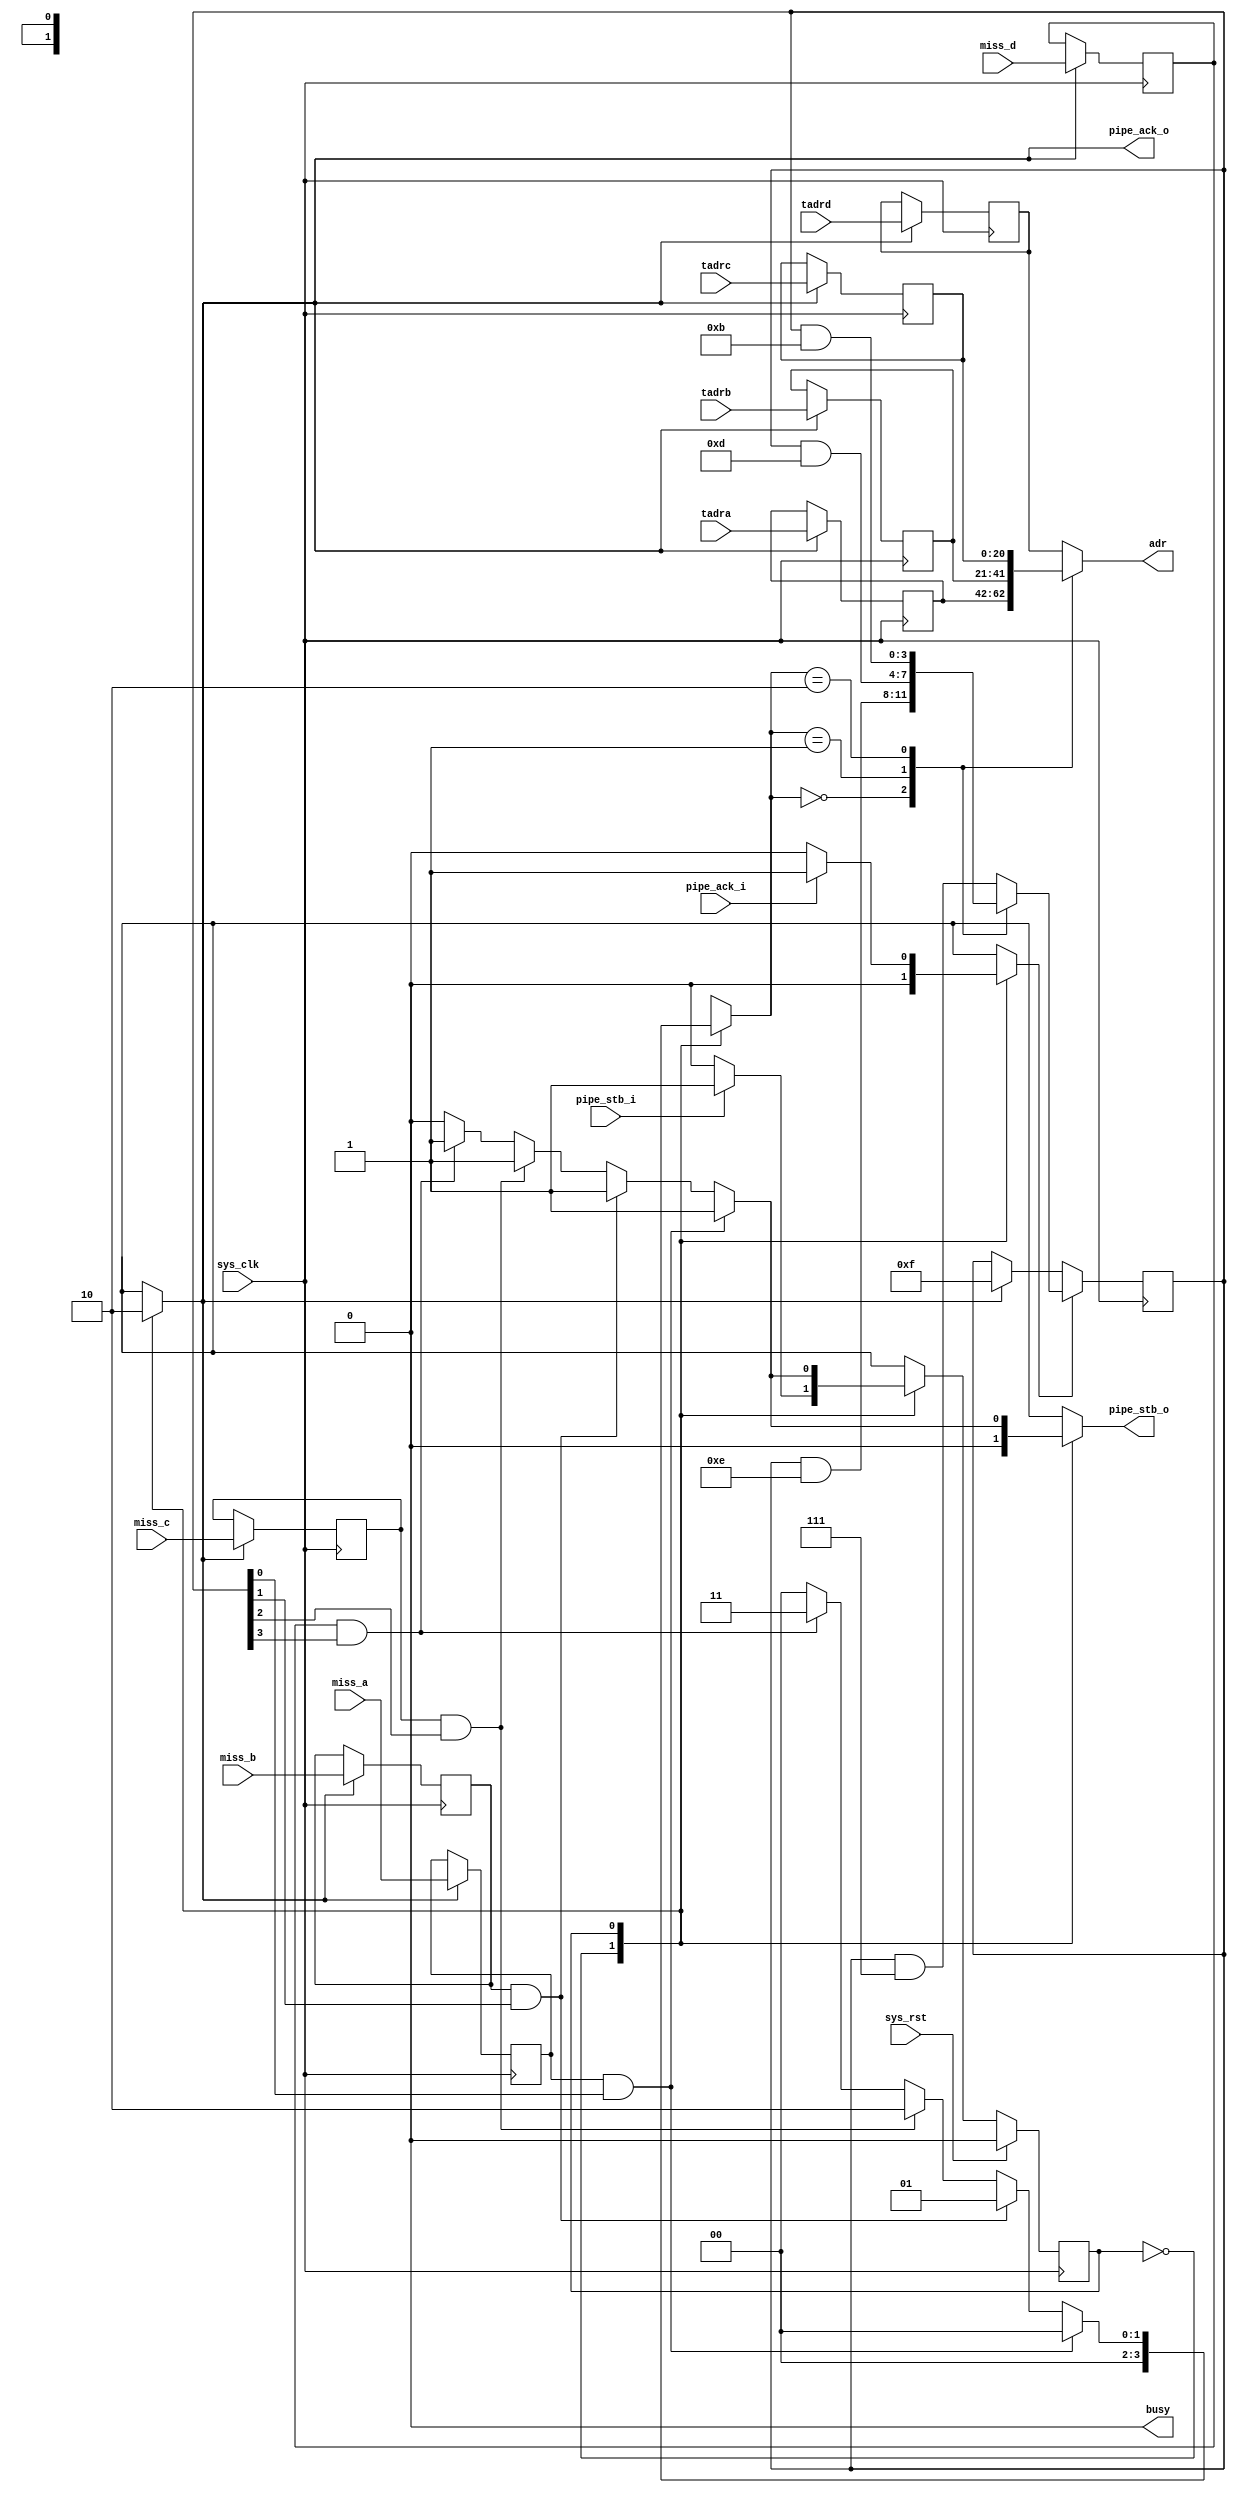
module tmu2_serialize #(
	parameter fml_depth = 26
) (
	input sys_clk,
	input sys_rst,

	output reg busy,

	input pipe_stb_i,
	output reg pipe_ack_o,
	input [fml_depth-5-1:0] tadra,
	input [fml_depth-5-1:0] tadrb,
	input [fml_depth-5-1:0] tadrc,
	input [fml_depth-5-1:0] tadrd,
	input miss_a,
	input miss_b,
	input miss_c,
	input miss_d,
	
	output reg pipe_stb_o,
	input pipe_ack_i,
	output reg [fml_depth-5-1:0] adr
);

/* Input registers */
reg load_en;

reg [fml_depth-5-1:0] r_tadra;
reg [fml_depth-5-1:0] r_tadrb;
reg [fml_depth-5-1:0] r_tadrc;
reg [fml_depth-5-1:0] r_tadrd;
reg r_miss_a;
reg r_miss_b;
reg r_miss_c;
reg r_miss_d;

always @(posedge sys_clk) begin
	if(load_en) begin
		r_tadra <= tadra;
		r_tadrb <= tadrb;
		r_tadrc <= tadrc;
		r_tadrd <= tadrd;
		r_miss_a <= miss_a;
		r_miss_b <= miss_b;
		r_miss_c <= miss_c;
		r_miss_d <= miss_d;
	end
end

/* Output multiplexer */
reg [1:0] adr_sel;

always @(*) begin
	case(adr_sel)
		2'd0: adr = r_tadra;
		2'd1: adr = r_tadrb;
		2'd2: adr = r_tadrc;
		default: adr = r_tadrd;
	endcase
end

/* Miss mask */
reg [3:0] missmask;

reg missmask_init;
reg missmask_we;

always @(posedge sys_clk) begin
	if(missmask_init)
		missmask <= 4'b1111;
	if(missmask_we) begin
		case(adr_sel)
			2'd0: missmask <= missmask & 4'b1110;
			2'd1: missmask <= missmask & 4'b1101;
			2'd2: missmask <= missmask & 4'b1011;
			default: missmask <= missmask & 4'b0111;
		endcase
	end
end

/* Control logic */
reg state;
reg next_state;

parameter LOAD		= 1'b0;
parameter SERIALIZE	= 1'b1;

always @(posedge sys_clk) begin
	if(sys_rst)
		state <= LOAD;
	else
		state <= next_state;
end

always @(*) begin
	next_state = state;
	
	busy = 1'b0;
	pipe_ack_o = 1'b0;
	pipe_stb_o = 1'b0;
	
	load_en = 1'b0;
	adr_sel = 2'd0;
	missmask_init = 1'b0;
	missmask_we = 1'b0;
	
	case(state)
		LOAD: begin
			pipe_ack_o = 1'b1;
			load_en = 1'b1;
			missmask_init = 1'b1;
			if(pipe_stb_i)
				next_state = SERIALIZE;
		end
		SERIALIZE: begin
			pipe_stb_o = 1'b1;
			missmask_we = 1'b1;
			if(r_miss_a & missmask[0])
				adr_sel = 2'd0;
			else if(r_miss_b & missmask[1])
				adr_sel = 2'd1;
			else if(r_miss_c & missmask[2])
				adr_sel = 2'd2;
			else if(r_miss_d & missmask[3])
				adr_sel = 2'd3;
			else begin
				pipe_stb_o = 1'b0;
				next_state = LOAD;
			end
			if(~pipe_ack_i)
				missmask_we = 1'b0;
		end
	endcase
end

endmodule